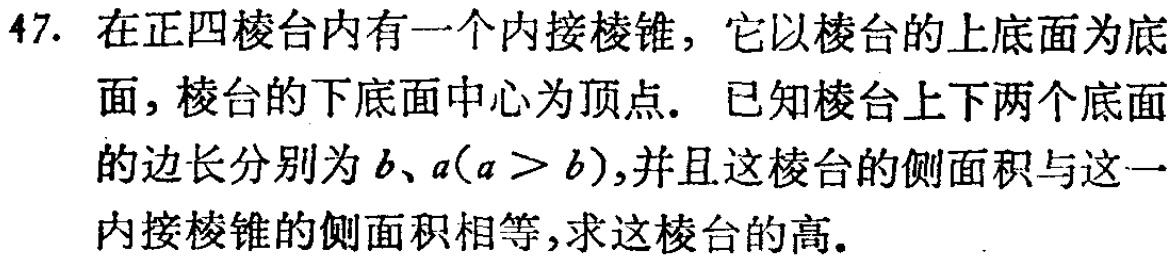
47. 在正四棱台内有一个内接棱锥，它以棱台的上底面为底面，棱台的下底面中心为顶点。已知棱台上下两个底面的边长分别为\(b、a(a > b)\)，并且这棱台的侧面积与这一内接棱锥的侧面积相等，求这棱台的高。